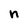
Character: n